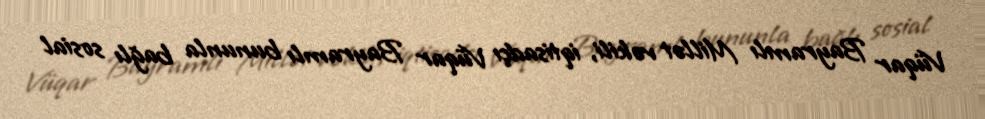
Vüqar Bayramlı Millət vəkili, iqtisadçı Vüqar Bayramlı bununla bağlı sosial